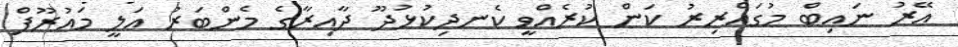
އޭރު ނައިބް މުގައްރިރު ކަން ކުރެއްވީ ކެނދިކުޅުދޫ ދާއިރާގެ މެންބަރު އަލީ މައުރޫފް